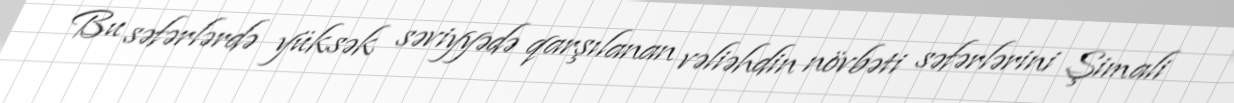
Bu səfərlərdə yüksək səviyyədə qarşılanan vəliəhdin növbəti səfərlərini Şimali